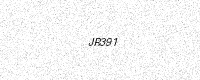
Text: JR391